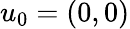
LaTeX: u_{0}=(0,0)